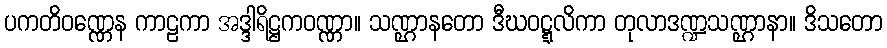
ပကတိဝဏ္ဏေန ကာဠကာ အဒ္ဒါရိဋ္ဌကဝဏ္ဏာ။ သဏ္ဌာနတော ဒီဃဝဋ္ဋလိကာ တုလာဒဏ္ဍသဏ္ဌာနာ။ ဒိသတော